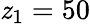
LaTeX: \mathit{z}_{1}=50